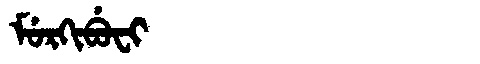
Manchu: ᠮᡠᡵᡴᡳᠪᡠᠸᡳ
Romanization: MURKIBUFI